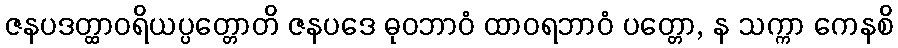
ဇနပဒတ္ထာဝရိယပ္ပတ္တောတိ ဇနပဒေ ဓုဝဘာဝံ ထာဝရဘာဝံ ပတ္တော, န သက္ကာ ကေနစိ